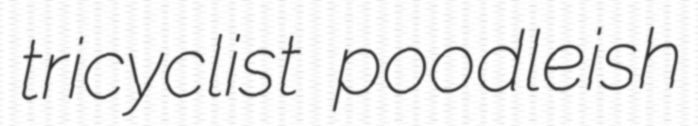
tricyclist poodleish